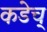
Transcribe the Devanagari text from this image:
कडेच्